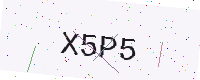
Text: X5P5